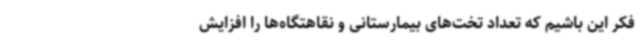
فکر این باشیم که تعداد تخت‌های بیمارستانی و نقاهتگاه‌ها را افزایش